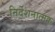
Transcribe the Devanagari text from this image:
निर्देशनात्मक